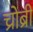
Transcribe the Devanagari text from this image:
च्रोब्री